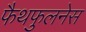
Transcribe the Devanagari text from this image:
फैथफुलनेस